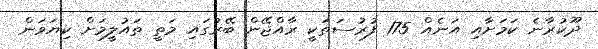
ދޫކުރާނެ ކަމަށާއި އަނެއް 175 ފުރުސަތަކީ ރާއްޖޭން ބޭރުގައި މަތީ ތައުލީމަށް ކިޔަވަން